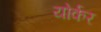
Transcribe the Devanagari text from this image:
योर्कर